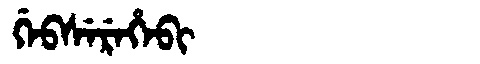
Manchu: ᡤᡝᠪᠰᡝᡵᡝᡥᡝᠪᡳ
Romanization: GEBSEREHEBI